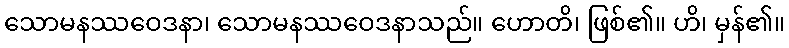
သောမနဿဝေဒနာ၊ သောမနဿဝေဒနာသည်။ ဟောတိ၊ ဖြစ်၏။ ဟိ၊ မှန်၏။